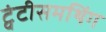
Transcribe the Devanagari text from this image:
ट्वंटीसमथिंग